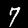
Digit: 7